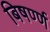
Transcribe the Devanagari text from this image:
बिषर्ण्ण